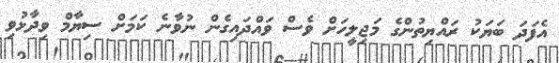
އެފަދަ ބަޔަކު ރައްޔިތުންގެ މަޖިލީހަށް ވެސް ވައްދައިގެން ނުވާނެ ކަމަށް ސިޔާމް ވިދާޅުވި